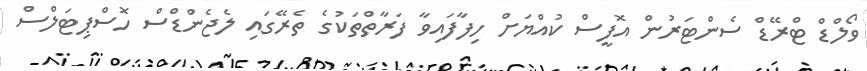
ވޯލްޑް ޓްރޭޑް ސެންޓަރުން އޮފީސް ކުއްޔަށް ހިފާފައިވާ ފަރާތްތަކުގެ ތެރޭގައި ލެޖެންޑްސް ހޮސްޕިޓަލްސް